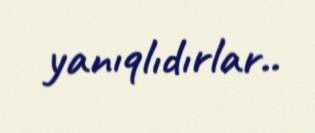
yanıqlıdırlar..